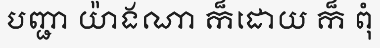
បញ្ជា យ៉ាងណា ក៏ដោយ ក៏ ពុំ